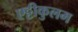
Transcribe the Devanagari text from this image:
एट्टीकुलम